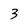
Character: 3